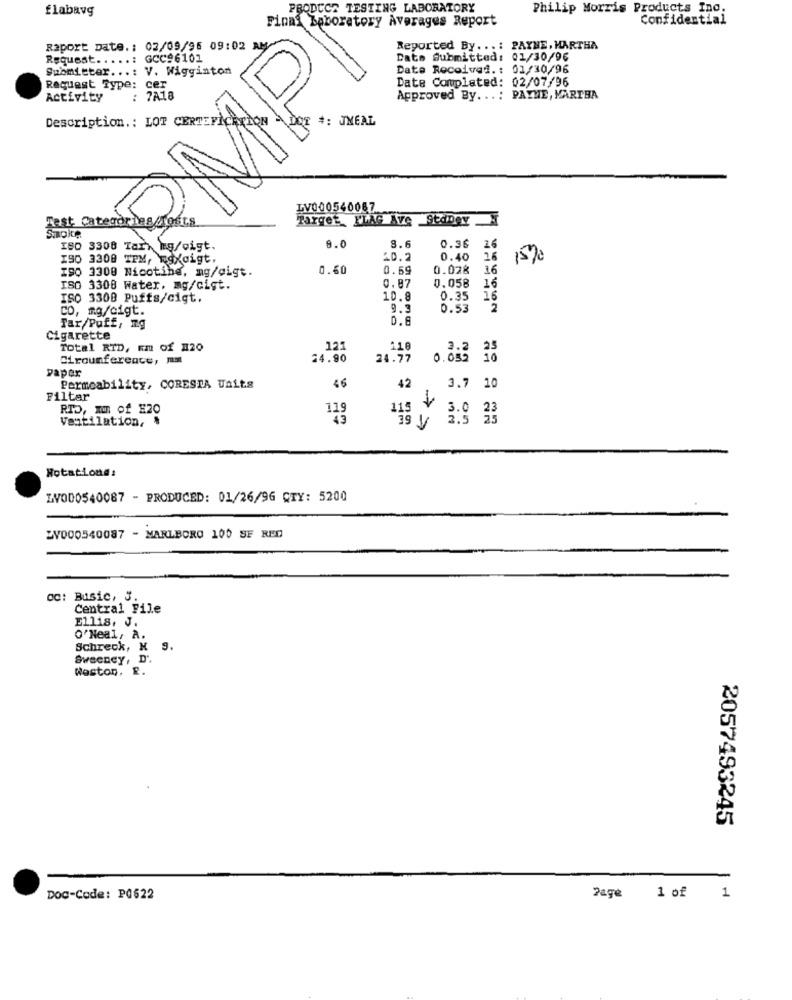
flabavg
PRODUCT TESTING LABORATORY
Philip Morris Products Ind
Confidential
Final Laboratory Averages Report
Raport Date. : 02/09/96 09:02 AM
Reported By ...: PAYNE, MARTHA
Request .....: GCC96101
Dato Submitted: 01/30/96
Submitter ...: V. Wigginton
Date Received .: 01/30/96
Date Completed: 02/07/96
Request Type: cer
RMP
Activity
: 7A18
Approved By. ..: PAYNE, KARIBA
Description .: LOT CERTIFICATION
#: JMEAL
LV000540067
Target. KLAG Ave StdDey.
Smoke
8.0
ISO 3308 Tarx mg/cigt.
8.6
0.36
26
ISO 3300 TPM, Egxdigt.
20.2
16
15%
I90 3300 Nicotine, mg/gigt.
0.60
0.69
0.028 1
0,87
16
ISO 3300 Water. mg/cigt.
0.058
ISO 3300 Puffs/cigt.
10.8
0.35
16
co, mg/cigt.
0.53
2
0.8
Tar/Puff, ng
Cigarette
Total RID, EM Of 120
121
110
3.2
Cirounference, ma
24.90
24.77
0.052 16
paper
Permeability, CORESTA Unit.s
46
42
3.7 10
Filtar
RTD, IM of E20
115
Ventilation, .
3.0
39 V
Rotations:
ZV000540087 - PRODUCED: 01/26/96 CTY: 5200
ZV000540087 - MARLBORO 100 SF RED
cc: Busic, J.
Central File
Ellis, J.
O'Neal, A.
Schreck, K S.
Sweeney, D".
Weston, R.
2057493245
DOC-Code: P0622
1 of 1